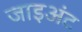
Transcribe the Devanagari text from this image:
जाइअंट